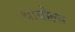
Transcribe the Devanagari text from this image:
थायोल्स